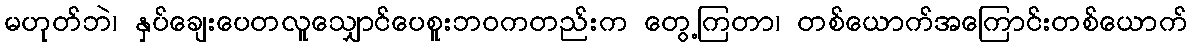
မဟုတ်ဘဲ၊ နှပ်ချေးပေတလူသျှောင်ပေစူးဘဝကတည်းက တွေ့ကြတာ၊ တစ်ယောက်အကြောင်းတစ်ယောက်